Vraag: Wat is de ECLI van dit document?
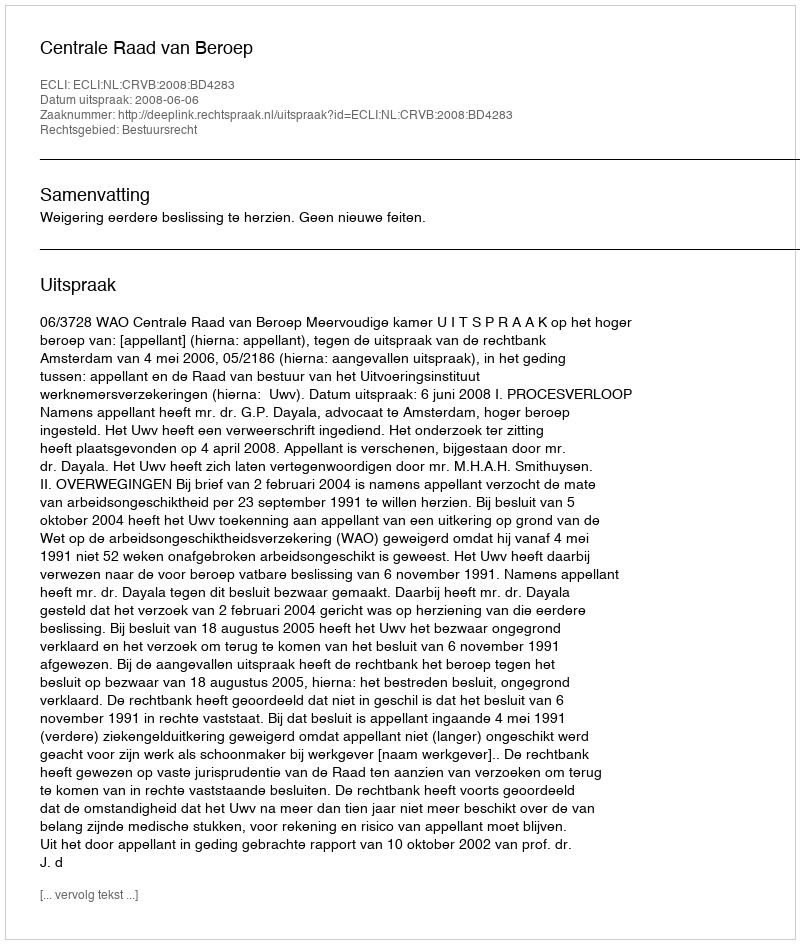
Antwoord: ECLI:NL:CRVB:2008:BD4283